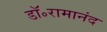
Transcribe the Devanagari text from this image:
डॉ॰रामानंद